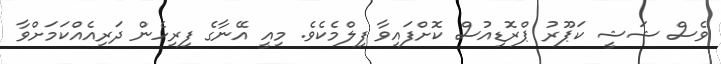
ވެސް ޝަޝީ ކަޕޫރު ޕްރޮޑިއުސް ކޮށްފައިވާ ފިލްމެކެވެ. މިއީ އޭނާގެ ފިރިހެން ދަރިއެއްކަމަށްވާ